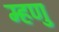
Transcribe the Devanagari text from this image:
म्हणु